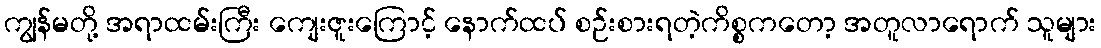
ကျွန်မတို့ အရာထမ်းကြီး ကျေးဇူးကြောင့် နောက်ထပ် စဉ်းစားရတဲ့ကိစ္စကတော့ အတူလာရောက် သူများ